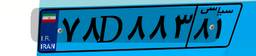
۵۶D۸۴۲۷۶